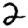
Digit: 2